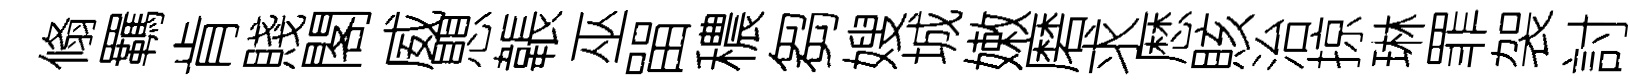
翛羈肯賤閣威愳韔巫㽞穠芻嫂城嫩磨求厯賅治掠琳罪袈討